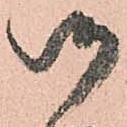
御